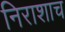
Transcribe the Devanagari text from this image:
निराशाच